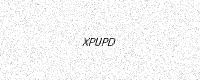
Text: XPUPD